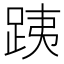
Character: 跠